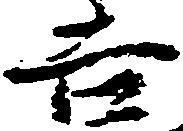
吉